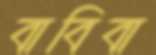
বাবিবা